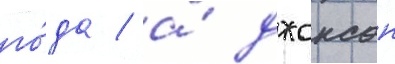
го́да / а́ джонсон